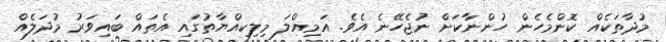
މުދާތަކެއް ކޮންމެހެން ހުންނާކަށް ނުޖެހޭނެ އެވެ. އަމިއްލަ މިލިކިއްޔާތުގައި އެތައް ބައިވަރު މުދަލެއް